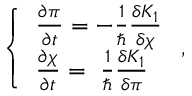
\left\{ \begin{array} { l } { { { \frac { \partial \pi } { \partial t } } = - { \frac { 1 } { \hbar } } { \frac { \delta K _ { 1 } } { \delta \chi } } } } \\ { { { \frac { \partial \chi } { \partial t } } = ~ { \frac { 1 } { \hbar } } { \frac { \delta K _ { 1 } } { \delta \pi } } } } \end{array} \right. ,